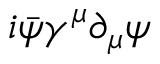
i { \bar { \psi } } \gamma ^ { \mu } \partial _ { \mu } \psi